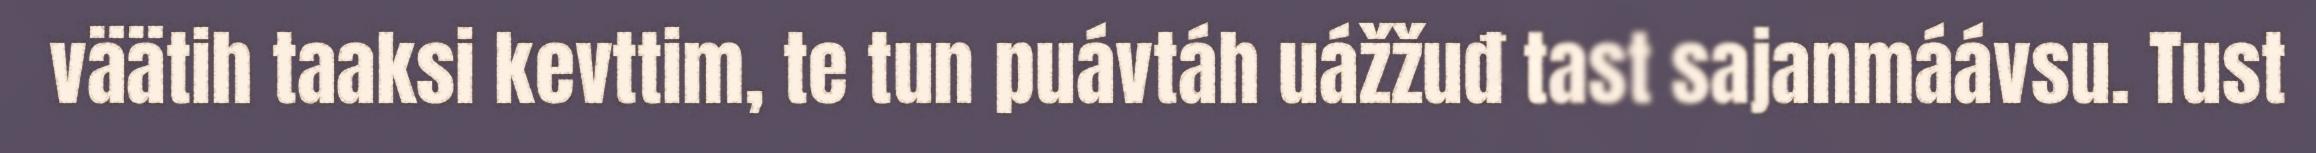
väätih taaksi kevttim, te tun puávtáh uážžuđ tast sajanmáávsu. Tust